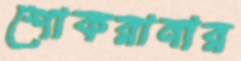
শোকরানার